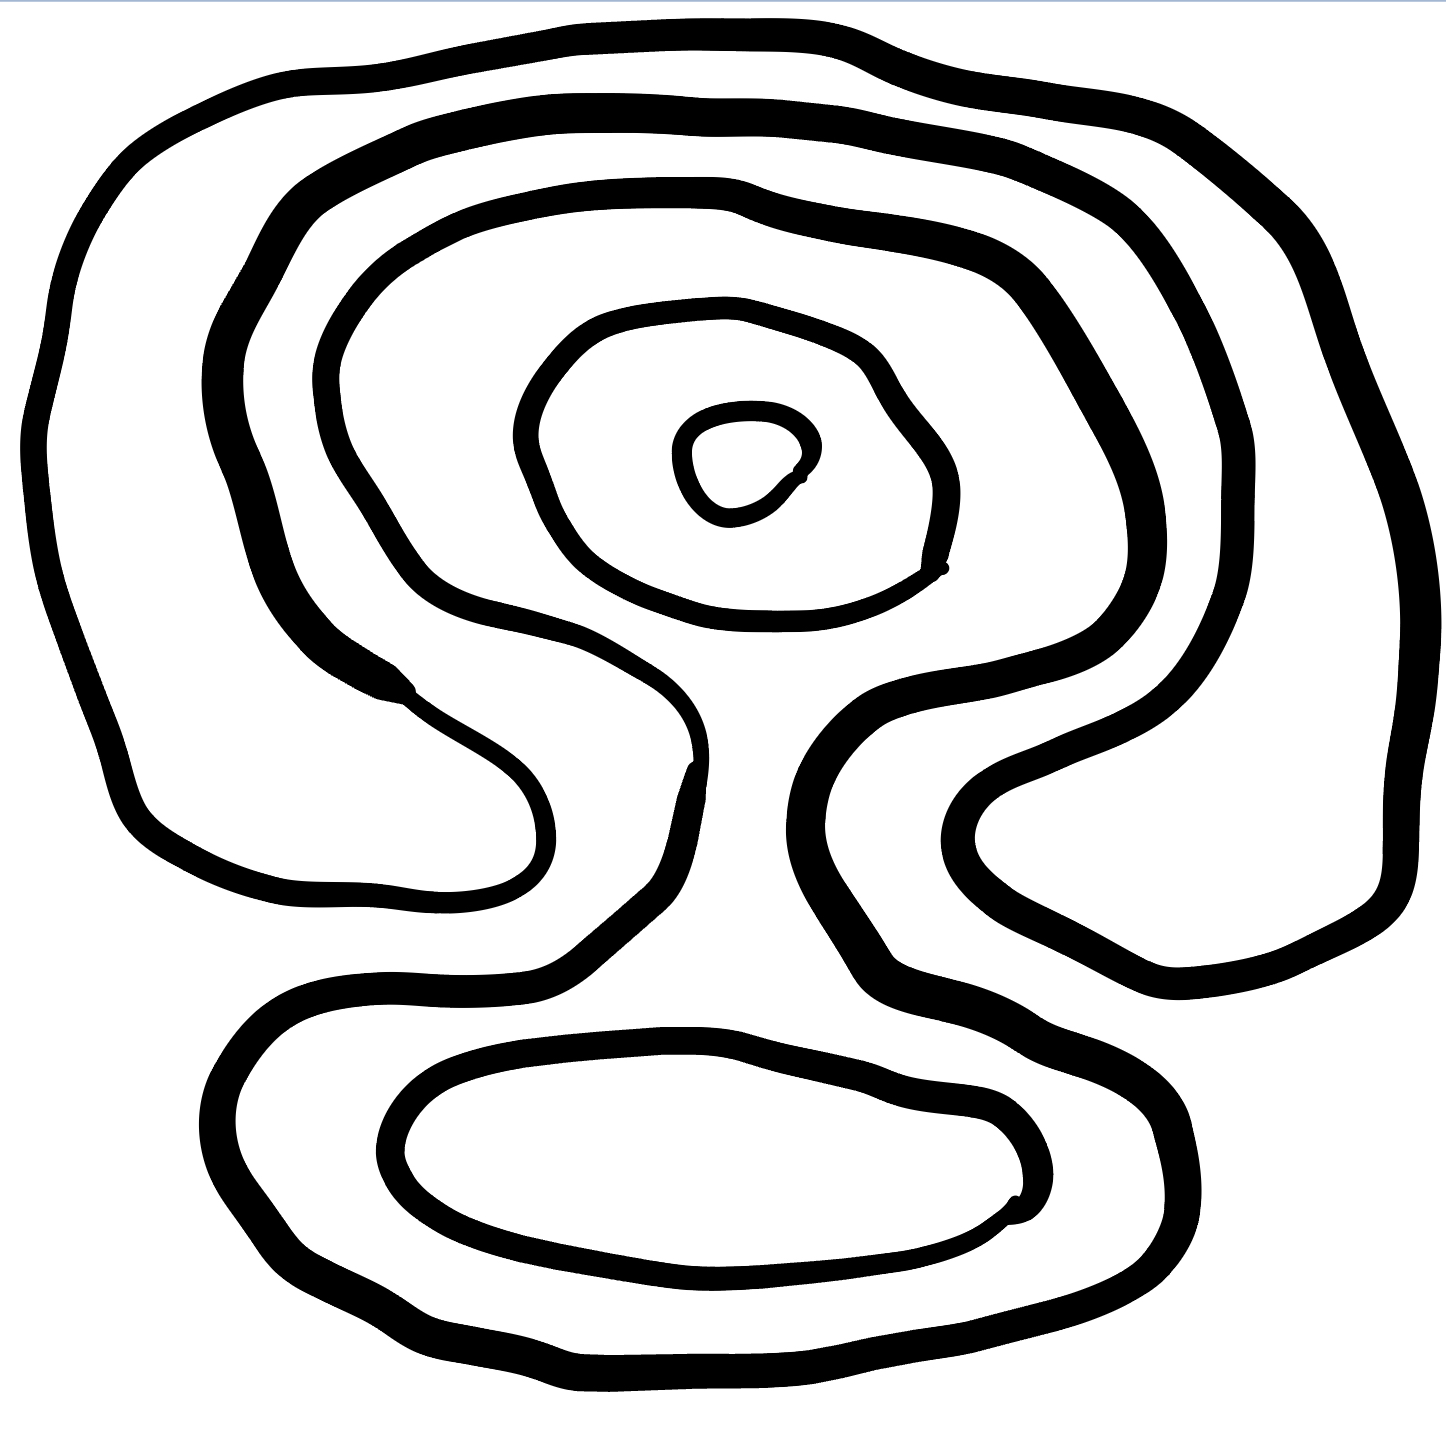
Number of regions (including the outer root region): 6
Containment tree edges (parent, child): 0, 1, 0, 5, 1, 2, 1, 3, 3, 4